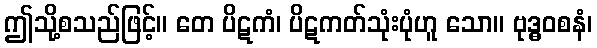
ဤသို့စသည်ဖြင့်။ တေ ပိဋကံ၊ ပိဋကတ်သုံးပုံဟူ သော။ ဗုဒ္ဓဝစနံ၊